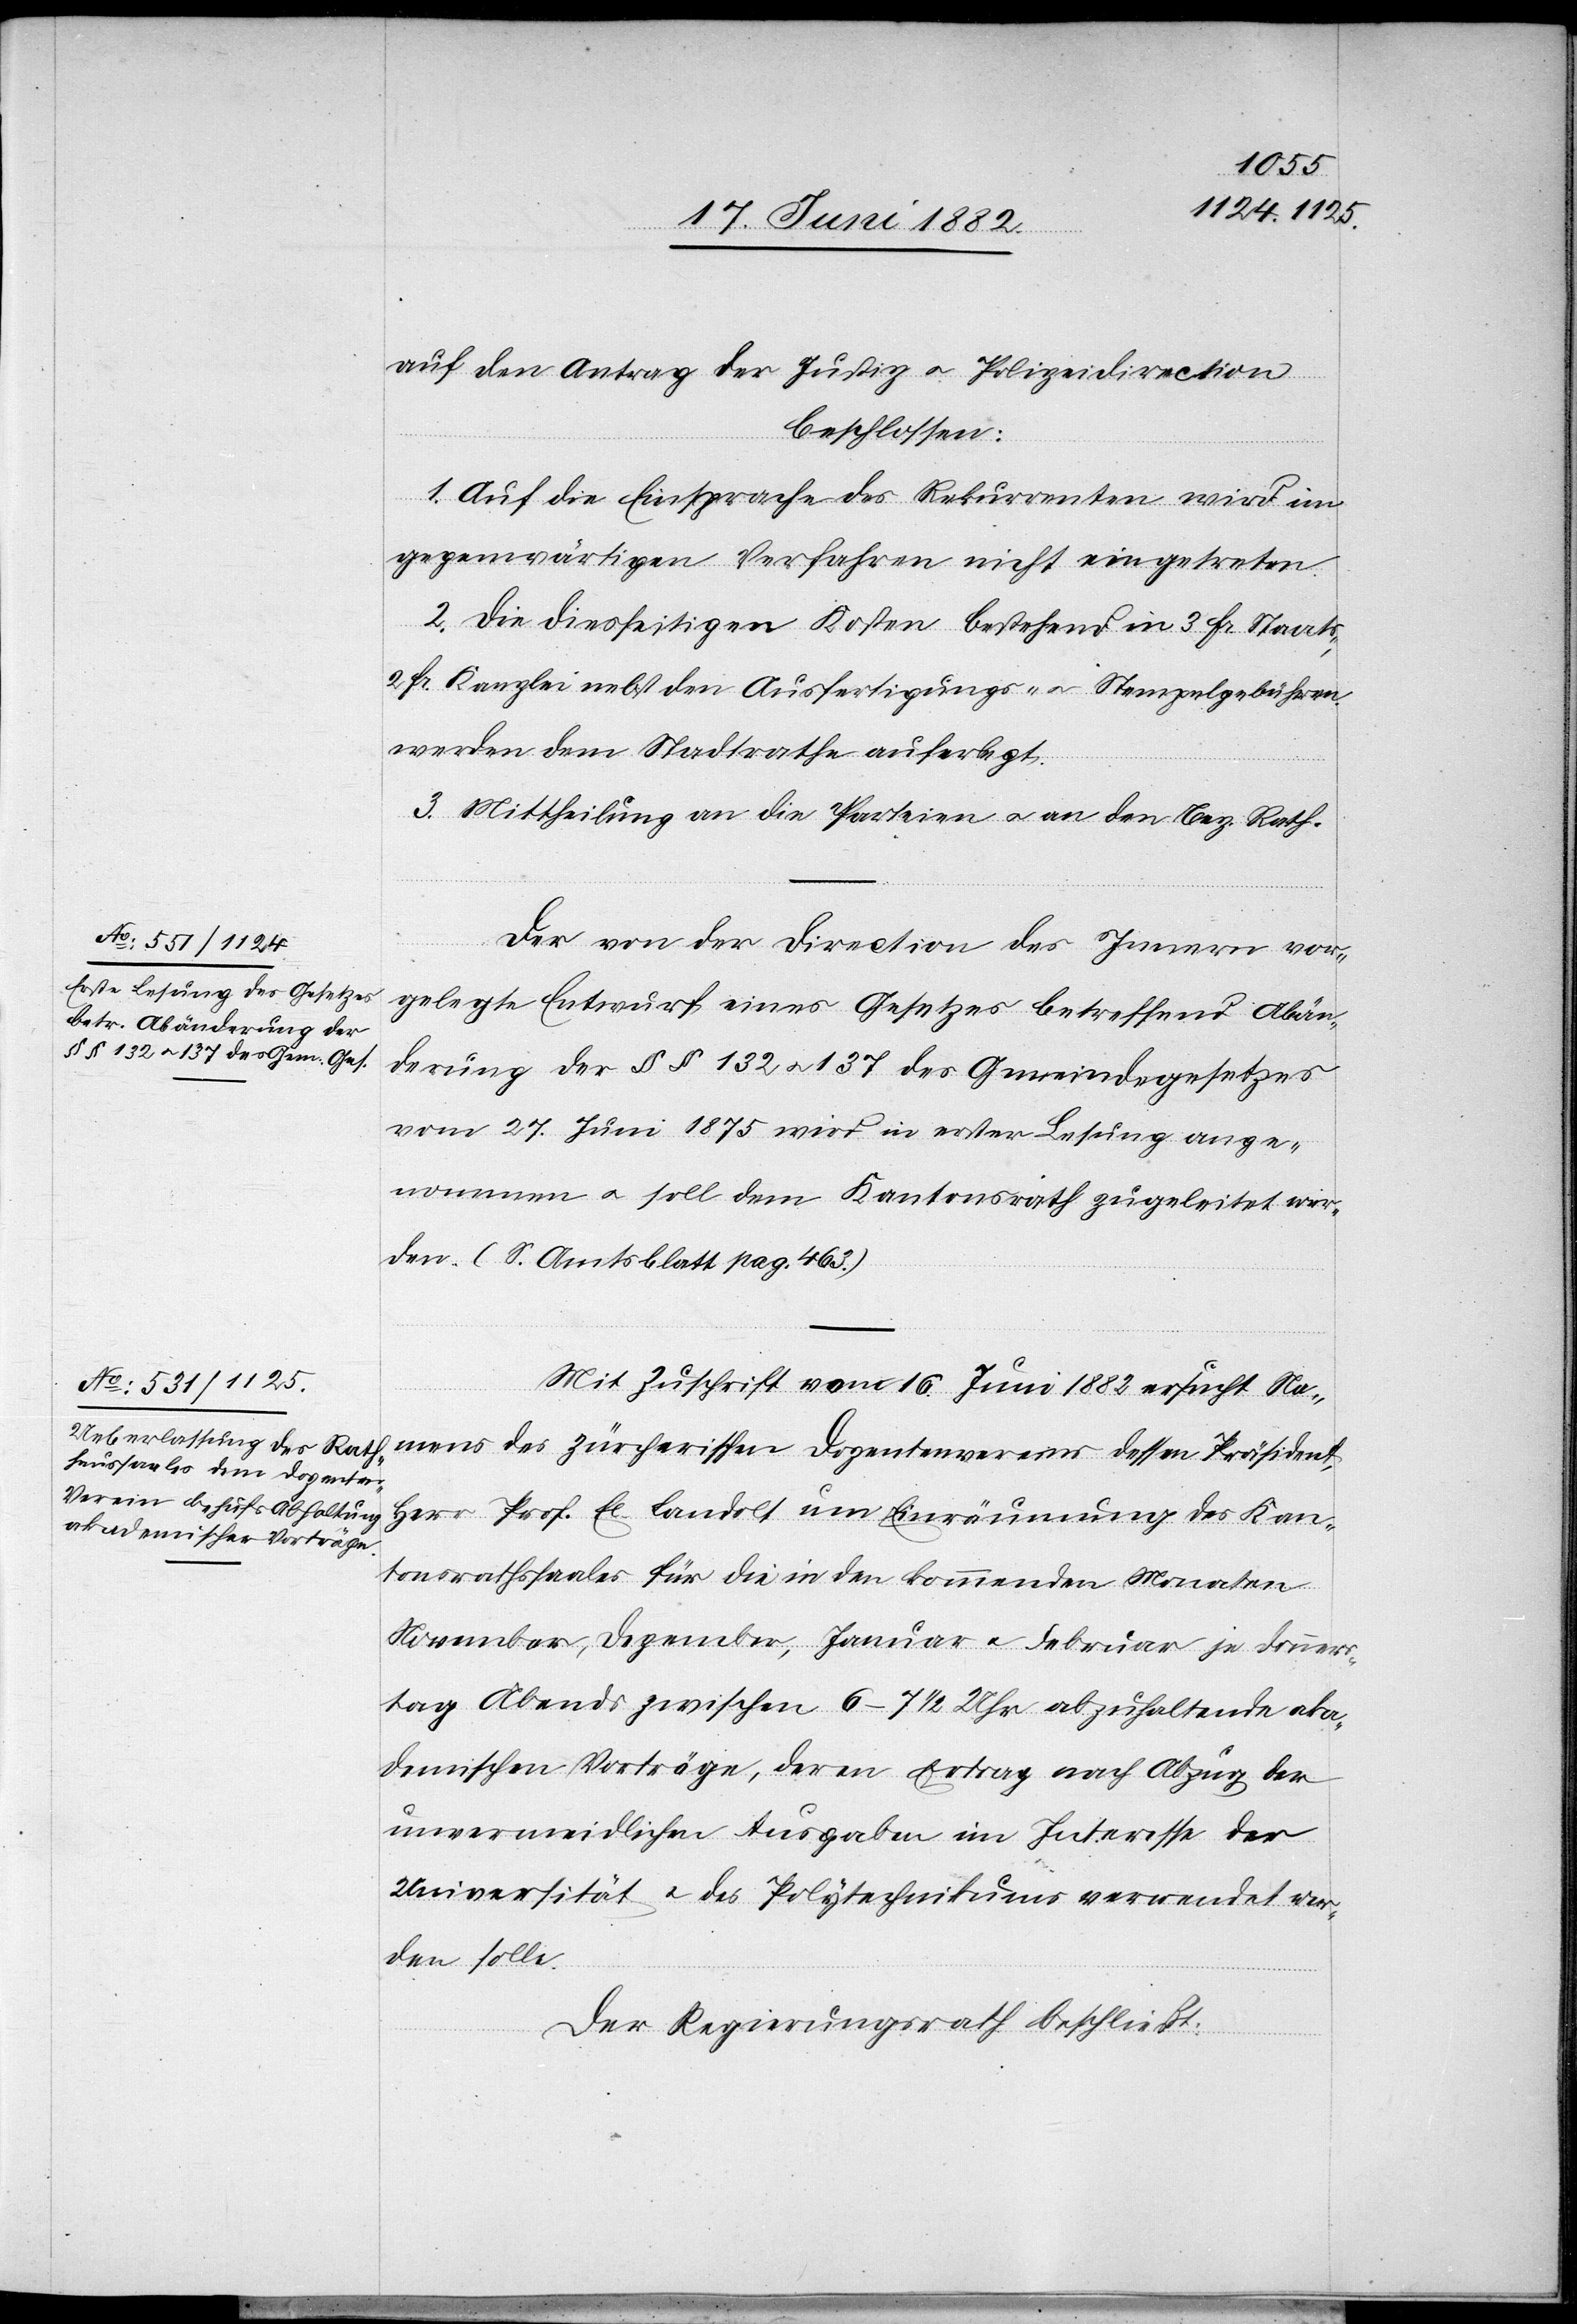
auf den Antrag der Justiz[-] u. Polizeidirection,
beschlossen:
1. Auf die Einsprache des Rekurrenten wird im
gegenwärtigen Verfahren nicht eingetreten.
2. Die diesseitigen Kosten bestehend in 3 Fr. Staats-,
2 Fr. Kanzlei- nebst den Ausfertigungs- u. Stempelgebühren
werden dem Stadtrathe auferlegt.
3. Mittheilung an die Parteien u. an den Bez. Rath.
Der von der Direction des Innern vor¬
gelegte Entwurf eines Gesetzes betreffend Abän¬
derung der §§ 132 u. 137 des Gemeindegesetzes
vom 27. Juni 1875 wird in erster Lesung ange¬
nommen u. soll dem Kantonsrath zugeleitet wer¬
den. (S. Amtsblatt pag. 463).
Mit Zuschrift vom 16. Juni 1882 ersucht Na¬
ns dessen Präsident,
Herr Prof. E. Landolt um Einräumung des Kan¬
tonsrathssaales für die in den kommenden Monaten
November, Dezember, Januar u. Februar je Donners¬
tag Abends zwischen 6–7 1/2 Uhr abzuhaltenden aka¬
demischen Vorträge, deren Ertrag nach Abzug der
unvermeidlichen Ausgaben im Interesse der
Universität u. des Polytechnikums verwendet wer¬
den solle.
Der Regierungsrath beschließt: